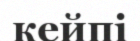
кейпі